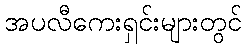
အပလီကေးရှင်းများတွင်